Civil Veterinary Dept. Bombay admin report 1907-1913 - 1907-1913
Year: 1907
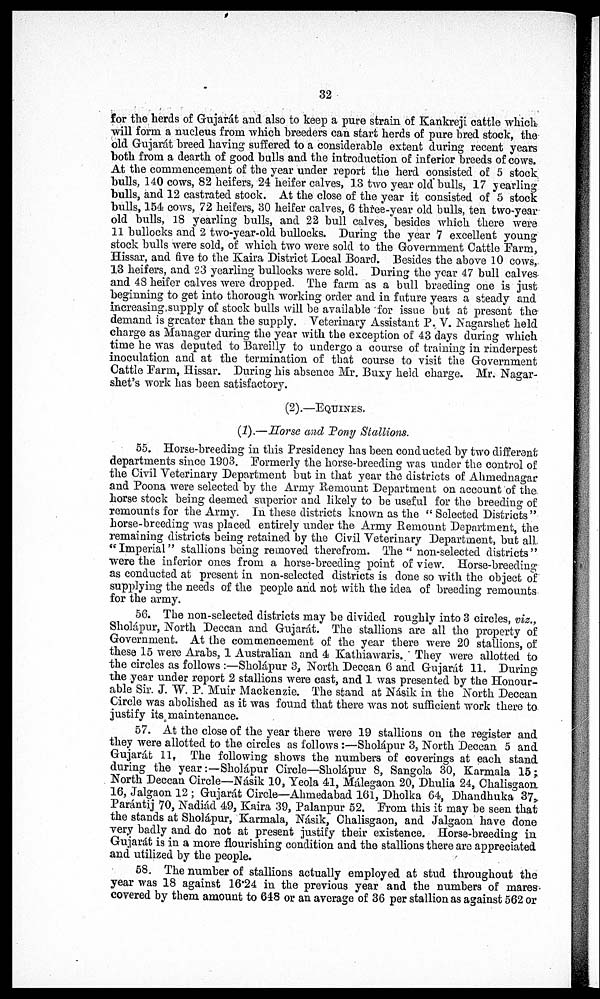
32
for the herds of Gujarat and also to keep a pure strain of Kankreji cattle which
will form a nucleus from which breeders can start herds of pure bred stock, the
old Gujarát breed having suffered to a considerable extent during recent years
both from a dearth of good bulls and the introduction of inferior breeds of cows.
At the commencement of the year under report the herd consisted of 5 stock
hulls, 140 cows, 82 heifers, 24 heifer calves, 13 two year old bulls, 17 yearling
bulls, and 12 castrated stock. At the close of the year it consisted of 5 stock
bulls, 154 cows, 72 heifers, 30 heifer calves, 6 three-year old bulls, ten two-year
old bulls, 18 yearling bulls, and 22 bull calves, besides which there were
11 bullocks and 2 two-year-old bullocks. During the year 7 excellent young
stock bulls were sold, of which two were sold to the Government Cattle Farm,
Hissar, and five to the Kaira District Local Board. Besides the above 10 cows,
13 heifers, and 23 yearling bullocks were sold. During the year 47 bull calves-
and 48 heifer calves were dropped. The farm as a bull breeding one is just
beginning to get into thorough working order and in future years a steady and
increasing supply of stock bulls will be available for issue but at present the
demand is greater than the supply. Veterinary Assistant P. V. Nagarshet held
charge as Manager during the year with the exception of 43 days during which
time he was deputed to Bareilly to undergo a course of training in rinderpest
inoculation and at the termination of that course to visit the Government
Cattle Farm, Hissar. During his absence Mr. Buxy held charge. Mr. Nagar-
shet's work has been satisfactory.
(2).—EQUINES.
(1).—Horse and Pony Stallions.
55. Horse-breeding in this Presidency has been conducted by two different
departments since 1903. Formerly the horse-breeding was under the control of
the Civil Veterinary Department but in that year the districts of Ahmednagar
and Poona were selected by the Army Remount Department on account of the.
horse stock being deemed superior and likely to be useful for the breeding of
remounts for the Army. In these districts known as the " Selected Districts"
horse-breeding was placed entirely under the Army Remount Department, the
remaining districts being retained by the Civil Veterinary Department, but all
"Imperial" stallions being removed therefrom. The" non-selected districts"
were the inferior ones from a horse-breeding point of view. Horse-breeding
as conducted at present in non-selected districts is done so with the object of
supplying the needs of the people and not with the idea of breeding remounts
for the army.
56. The non-selected districts may be divided roughly into 3 circles, viz.,
Sholápur, North Deccan and Gujarát. The stallions are all the property of
Government. At the commencement of the year there were 20 stallions, of
these 15 were Arabs, 1 Australian and 4 Kathiawaris. They were allotted to
the circles as follows :—Sholápur 3, North Deccan 6 and Gujarát 11. During
the year under report 2 stallions were east, and 1 was presented by the Honour-
able Sir. J. W. P. Muir Mackenzie. The stand at Násik in the North Deccan
Circle was abolished as it was found that there was not sufficient work there to
justify its maintenance.
57. At the close of the year there were 19 stallions on the register and
they were allotted to the circles as follows :—Sholápur 3, North Deccan 5 and
Gujarat 11. The following shows the numbers of coverings at each stand
during the year:—Sholápur Circle—Sholápur 8, Sangola 30, Karmala 15;
North Deccan Circle—Násik 10, Yeola 41, Málegaon 20, Dhulia 24, Chalisgaon
16, Jalgaon 12 ; Gujarát Circle—Ahmedabad 161, Dholka 64, Dhandhuka 37
Parántij 70, Nadiád 49, Kaira 39, Palanpur 52. Frorn this it may be seen that
the stands at Sholápur, Karmala, Násik, Chalisgaon, and Jalgaon have done
very badly and do not at present justify their existence. Horse-breeding in
Gujarat is in a more flourishing condition and the stallions there are appreciated
and utilized by the People.
58. The number of stallions actually employed at stud throughout the
year was 18 against 16.24 in the previous year and the numbers of mares
covered by them amount to 648 or an average of 36 per stallion as against 562 or